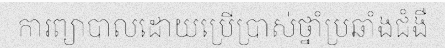
ការព្យាបាលដោយប្រើប្រាស់ថ្នាំប្រឆាំងជំងឺ